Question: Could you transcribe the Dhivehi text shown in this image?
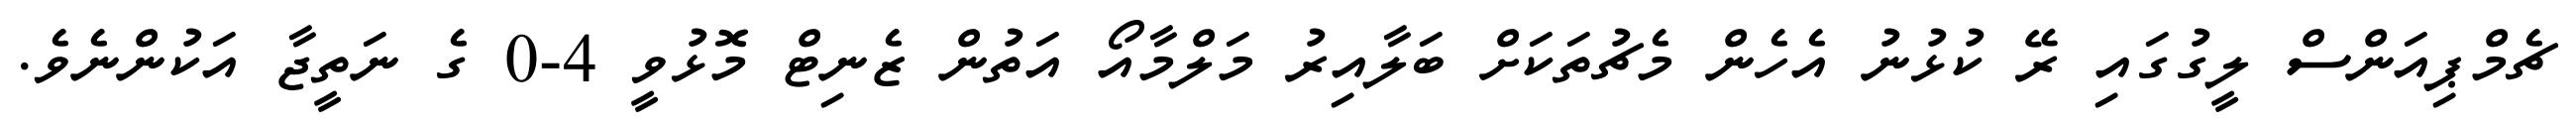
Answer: ޗެމްޕިއަންސް ލީގުގައި ރޭ ކުޅުނު އެހެން މެޗުތަކަށް ބަލާއިރު މަލްމާއޯ އަތުން ޒެނިޓް މޮޅުވީ 4-0 ގެ ނަތީޖާ އަކުންނެވެ.